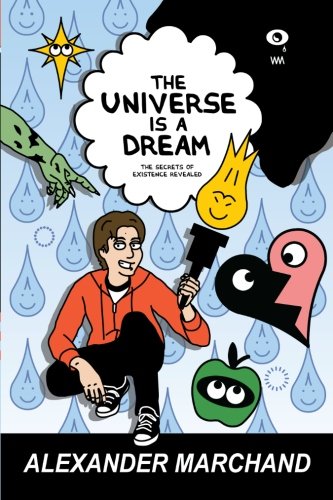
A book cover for The Universe Is a Dream: The Secrets of Existence Revealed; Alexander Marchand; Self-Help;